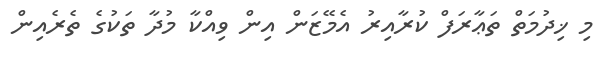
މި ޚިދުމަތް ތަޢާރަފް ކުރާއިރު އެމޭޒަން އިން ވިއްކާ މުދާ ތަކުގެ ތެރެއިން